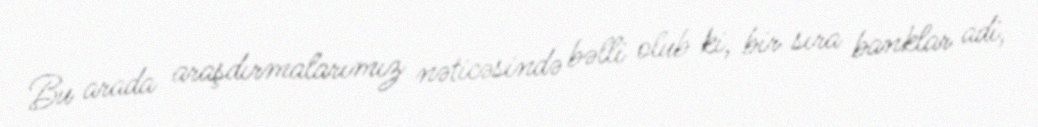
Bu arada araşdırmalarımız nəticəsində bəlli olub ki, bir sıra banklar adi,